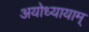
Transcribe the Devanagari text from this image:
अयोध्यायाम्